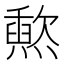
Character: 𬋐